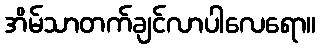
အိမ်သာတက်ချင်လာပါလေရော။